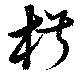
椒